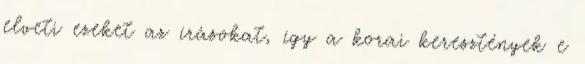
elveti ezeket az írásokat, így a korai keresztények e